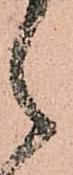
之